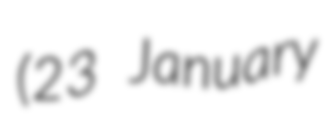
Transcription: (23 January